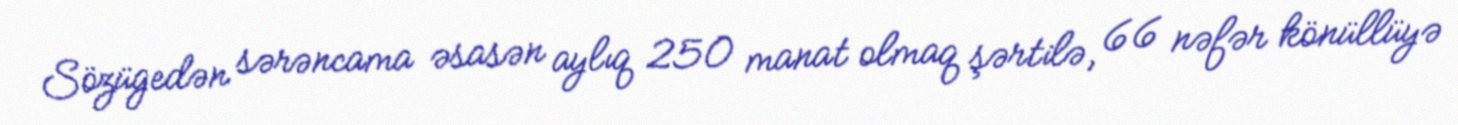
Sözügedən sərəncama əsasən aylıq 250 manat olmaq şərtilə, 66 nəfər könüllüyə